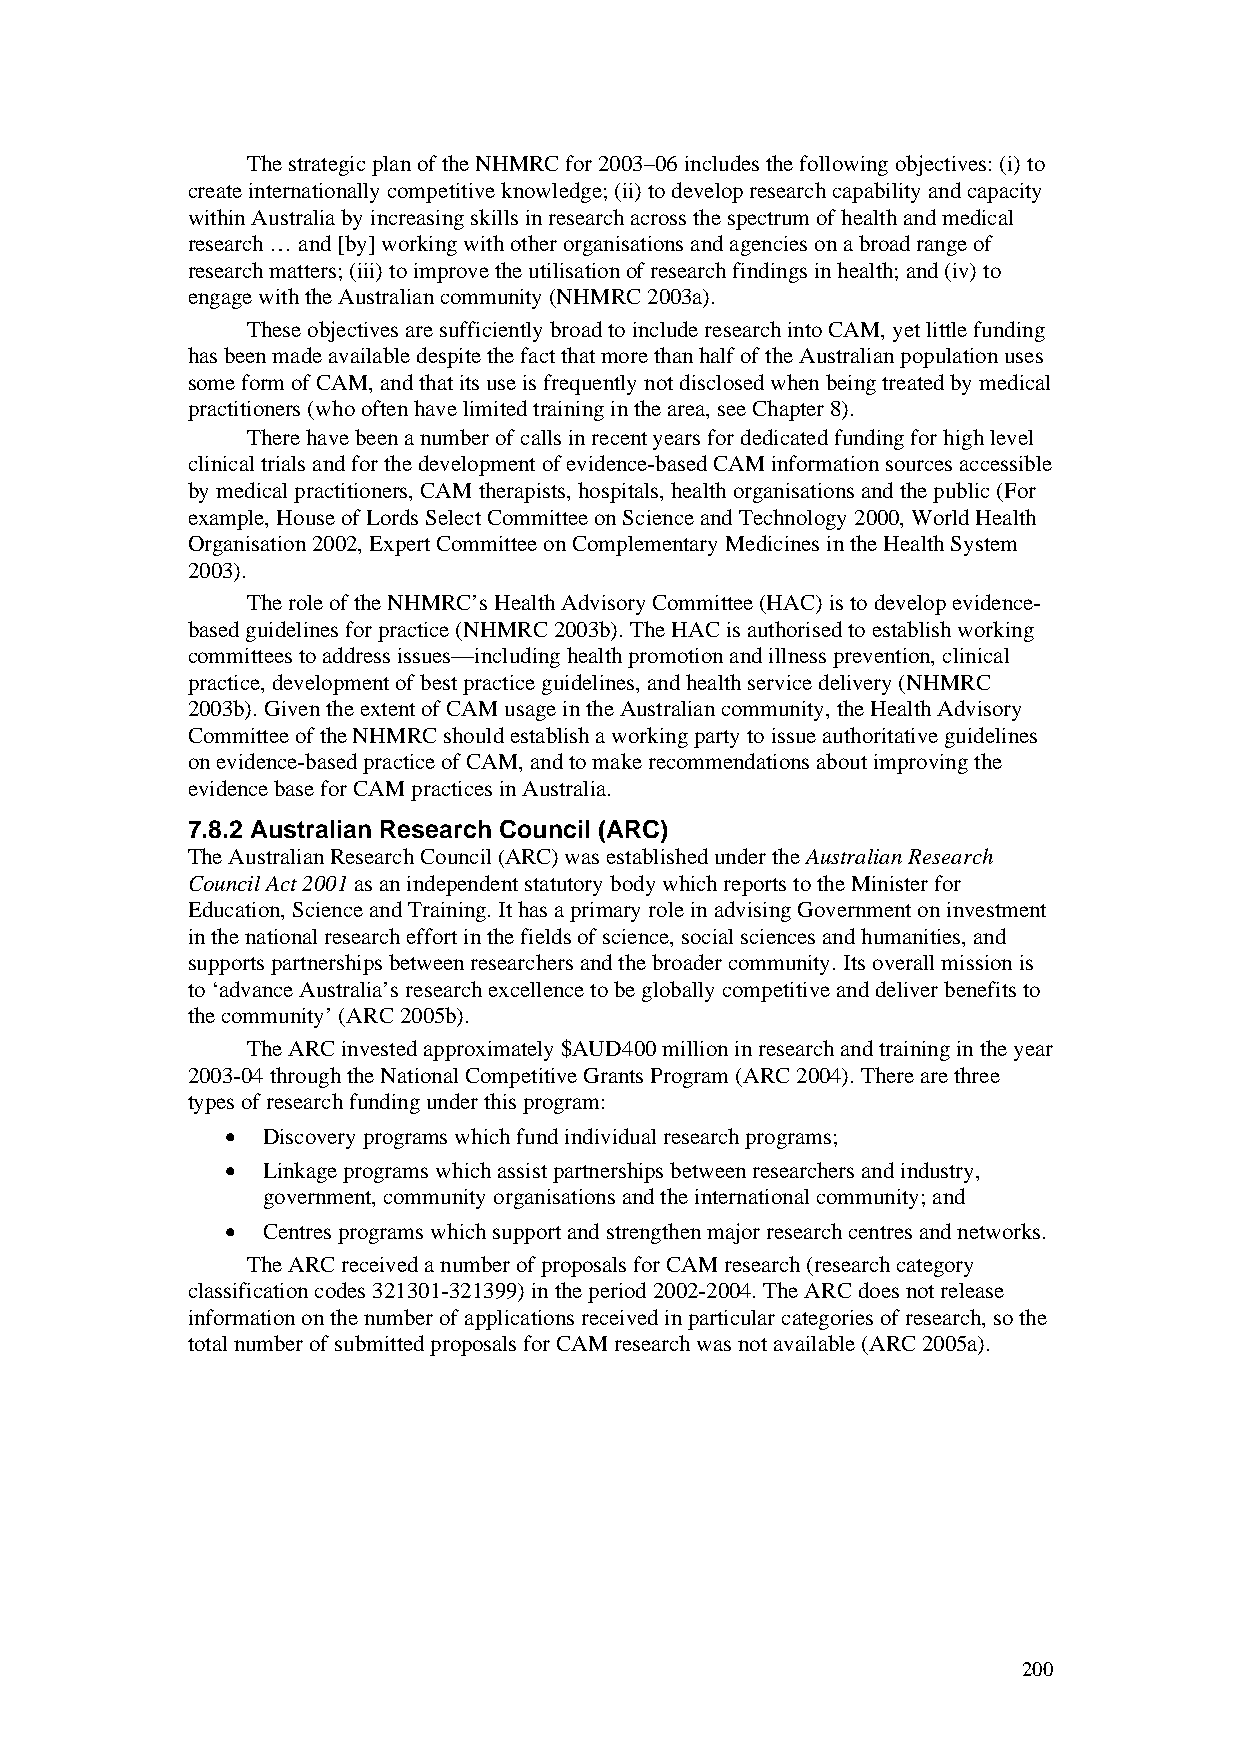
The strategic plan of the NHMRC for 2003–06 includes the following objectives: (i) to
 create internationally competitive knowledge; (ii) to develop research capability and capacity
 within Australia by increasing skills in research across the spectrum of health and medical
 research … and [by] working with other organisations and agencies on a broad range of
 research matters; (iii) to improve the utilisation of research findings in health; and (iv) to
 engage with the Australian community (NHMRC 2003a).
 These objectives are sufficiently broad to include research into CAM, yet little funding
 has been made available despite the fact that more than half of the Australian population uses
 some form of CAM, and that its use is frequently not disclosed when being treated by medical
 practitioners (who often have limited training in the area, see Chapter 8).
 There have been a number of calls in recent years for dedicated funding for high level
 clinical trials and for the development of evidence-based CAM information sources accessible
 by medical practitioners, CAM therapists, hospitals, health organisations and the public (For
 example, House of Lords Select Committee on Science and Technology 2000, World Health
 Organisation 2002, Expert Committee on Complementary Medicines in the Health System
 2003).
 The role of the NHMRC’s Health Advisory Committee (HAC) is to develop evidence-
 based guidelines for practice (NHMRC 2003b). The HAC is authorised to establish working
 committees to address issues—including health promotion and illness prevention, clinical
 practice, development of best practice guidelines, and health service delivery (NHMRC
 2003b). Given the extent of CAM usage in the Australian community, the Health Advisory
 Committee of the NHMRC should establish a working party to issue authoritative guidelines
 on evidence-based practice of CAM, and to make recommendations about improving the
 evidence base for CAM practices in Australia.
 7.8.2 Australian Research Council (ARC)
 The Australian Research Council (ARC) was established under the Australian Research
 Council Act 2001 as an independent statutory body which reports to the Minister for
 Education, Science and Training. It has a primary role in advising Government on investment
 in the national research effort in the fields of science, social sciences and humanities, and
 supports partnerships between researchers and the broader community. Its overall mission is
 to ‘advance Australia’s research excellence to be globally competitive and deliver benefits to
 the community’ (ARC 2005b).
 The ARC invested approximately $AUD400 million in research and training in the year
 2003-04 through the National Competitive Grants Program (ARC 2004). There are three
 types of research funding under this program:
 • Discovery programs which fund individual research programs;
 • Linkage programs which assist partnerships between researchers and industry,
 government, community organisations and the international community; and
 • Centres programs which support and strengthen major research centres and networks.
 The ARC received a number of proposals for CAM research (research category
 classification codes 321301-321399) in the period 2002-2004. The ARC does not release
 information on the number of applications received in particular categories of research, so the
 total number of submitted proposals for CAM research was not available (ARC 2005a).
 200